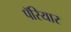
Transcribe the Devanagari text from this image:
पॅरियार